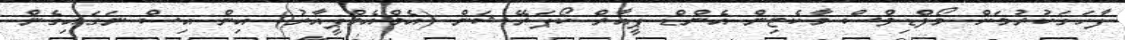
ފާހަގަކުރުމަށް މޯލްޑިވްސް މާކެޓިން އެންޑް ޕީއާރް ކޯޕަރޭޝަން (އެމްއެމްޕީއާރު) އިން އިސް ނަގައިގެން